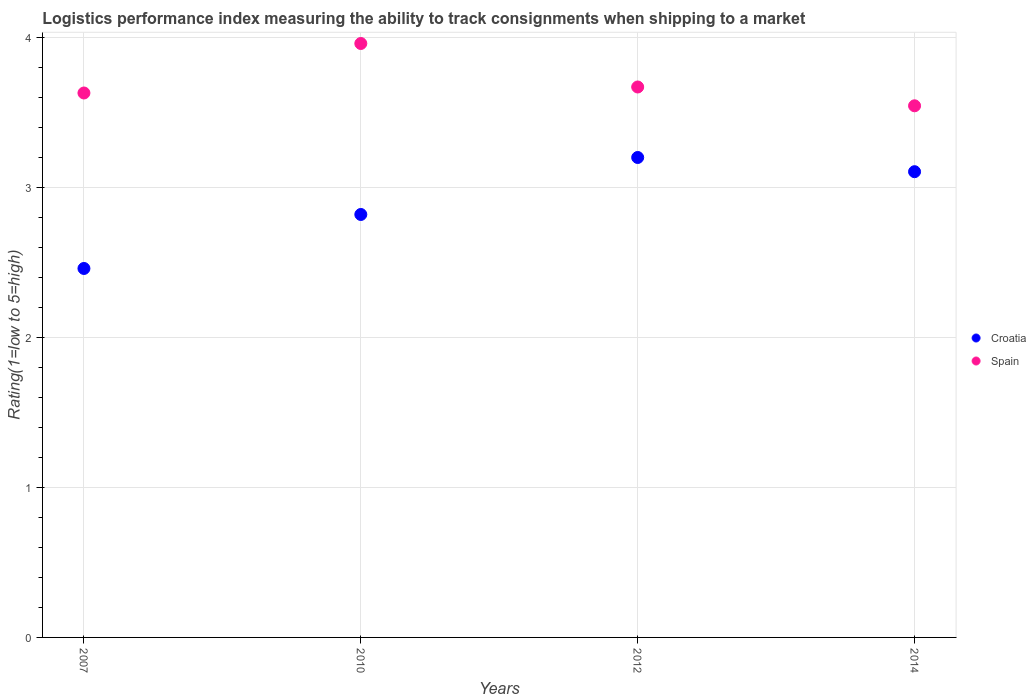
| Years | Croatia | Spain |
 | --- | --- | --- |
 | 2007 | 2.46 | 3.63 |
 | 2010 | 2.82 | 3.96 |
 | 2012 | 3.2 | 3.67 |
 | 2014 | 3.11 | 3.54 |